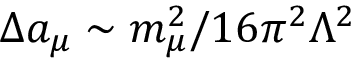
\Delta a _ { \mu } \sim m _ { \mu } ^ { 2 } / 1 6 \pi ^ { 2 } \Lambda ^ { 2 }